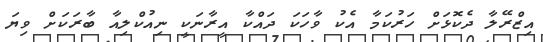
އިޒްރޭލާ ދެކޮޅަށް ހަރުކަމާ އެކު ވާހަކަ ދައްކާ އީރާނަކީ ނިއުކްލިއާ ބާރަކަށް ވިޔަ